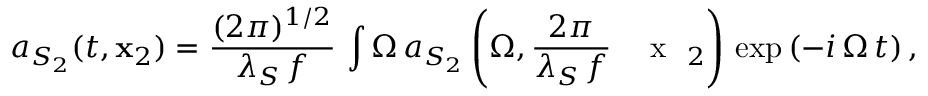
a _ { S _ { 2 } } ( t , { \bf x } _ { 2 } ) = \frac { ( 2 \pi ) ^ { 1 / 2 } } { \lambda _ { S } \, f } \, \int \d \Omega \, a _ { S _ { 2 } } \left( \Omega , \frac { 2 \pi } { \lambda _ { S } \, f } \, \mathrm { ~ \textbf ~ { ~ x ~ } ~ } _ { 2 } \right) \, \exp \left( - i \, \Omega \, t \right) ,